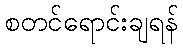
စတင်ရောင်းချရန်